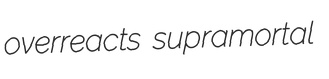
overreacts supramortal